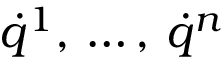
\displaystyle { \dot { q } } ^ { 1 } , \, \ldots , \, { \dot { q } } ^ { n }